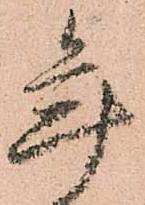
年